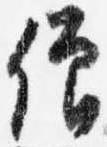
僧